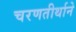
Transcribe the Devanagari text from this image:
चरणतीर्थाने